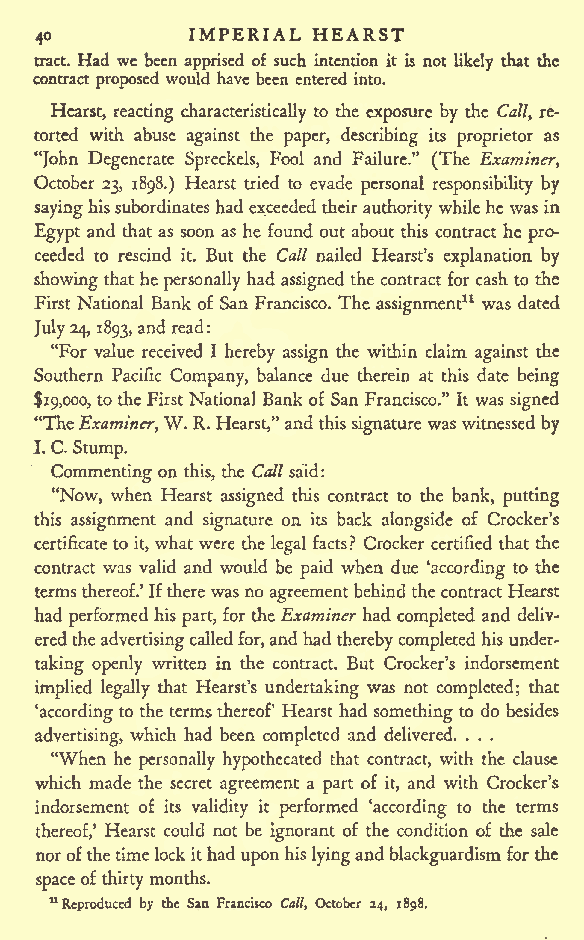
IMPERIAL HEARST
 40
 tract. Had we been apprised of such intention it is not likely that the
 contract proposed would have been entered into.
 Hearst, reacting characteristically to the exposure by the Call, re-
 torted with abuse against the paper, describing its proprietor as
 "John Degenerate Spreckels, Fool and Failure." (The Examiner,
 October 23, 1898.) Hearst tried to evade personal responsibility by
 sayinghissubordinates had exceeded their authority whilehewas in
 Egypt and that as soon as he found out about this contract he pro-
 ceeded to rescind it. But the Call nailed Hearst's explanation by
 showingthathe personallyhad assigned the contractfor cash to the
 First National Bank of San Francisco. The assignment11 was dated
 July24, 1893,and read:
 "For value received I hereby assign the within claim against the
 Southern Pacific Company, balance due therein at this date being
 $19,000, totheFirstNational Bank of San Francisco." It was signed
 "TheExaminer,W.R. Hearst,"and thissignature was witnessed by
 I. C.Stump.
 Commenting on this, the Callsaid:
 "Now, when Hearst assigned this contract to the bank, putting
 this assignment and signature on its back alongside of Crocker's
 certificateto it, what were the legal facts? Crocker certified that the
 contract was valid and would be paid when due 'according to the
 termsthereof.'Iftherewasno agreementbehind the contractHearst
 had performed his part, for theExaminer had completed and deliv-
 eredtheadvertisingcalledfor,andhad therebycompleted his under-
 taking openly written in the contract. But Crocker's indorsement
 implied legally that Hearst's undertaking was not completed; that
 'accordingto the termsthereof Hearst had something to do besides
 advertising, which had been completed and delivered. . . .
 "When he personally hypothecated that contract, with the clause
 which made the secret agreement a part of it, and with Crocker's
 indorsement of its validity it performed 'according to the terms
 thereof,' Hearst could not be ignorant of the condition of the sale
 norofthetimelockithaduponhislyingand blackguardismforthe
 spaceofthirtymonths.
 11Reproduced by the San Francisco Call, October 24, 1898.